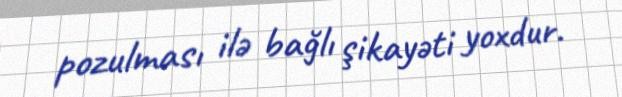
pozulması ilə bağlı şikayəti yoxdur.